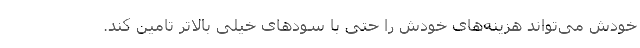
خودش می‌تواند هزینه‌های خودش را حتی با سودهای خیلی بالاتر تامین کند.